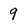
Character: 9